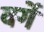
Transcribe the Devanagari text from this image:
वर्गें